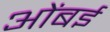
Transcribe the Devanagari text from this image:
ओंबई